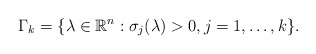
\begin{align*}\Gamma_{k} = \{\lambda \in \mathbb{R}^{n}: \sigma_{j} (\lambda) > 0, j = 1, \ldots, k\}.\end{align*}